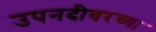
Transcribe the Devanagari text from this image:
उपनदीवरच्या